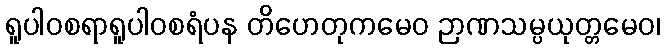
ရူပါဝစရာရူပါဝစရံပန တိဟေတုကမေဝ ဉာဏသမ္ပယုတ္တမေဝ၊